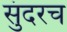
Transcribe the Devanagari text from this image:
सुंदरच